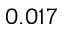
0 . 0 1 7